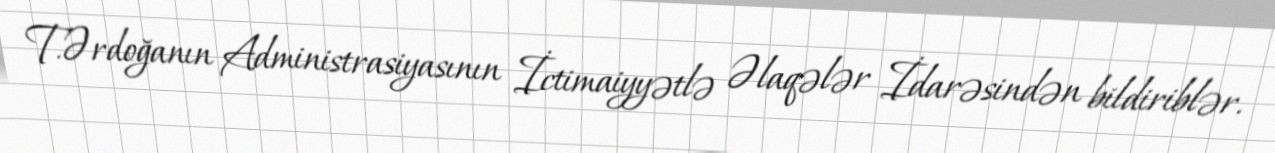
T.Ərdoğanın Administrasiyasının İctimaiyyətlə Əlaqələr İdarəsindən bildiriblər.